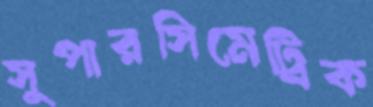
সুপারসিমেট্রিক